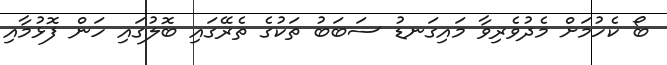
ބޯ ކެހުމަށް މެދުވެރިވާ މައިގަނޑު ސަބަބު ތަކުގެ ތެރޭގައި ބޮލުގައި ހަން ފޮޅުމާއި